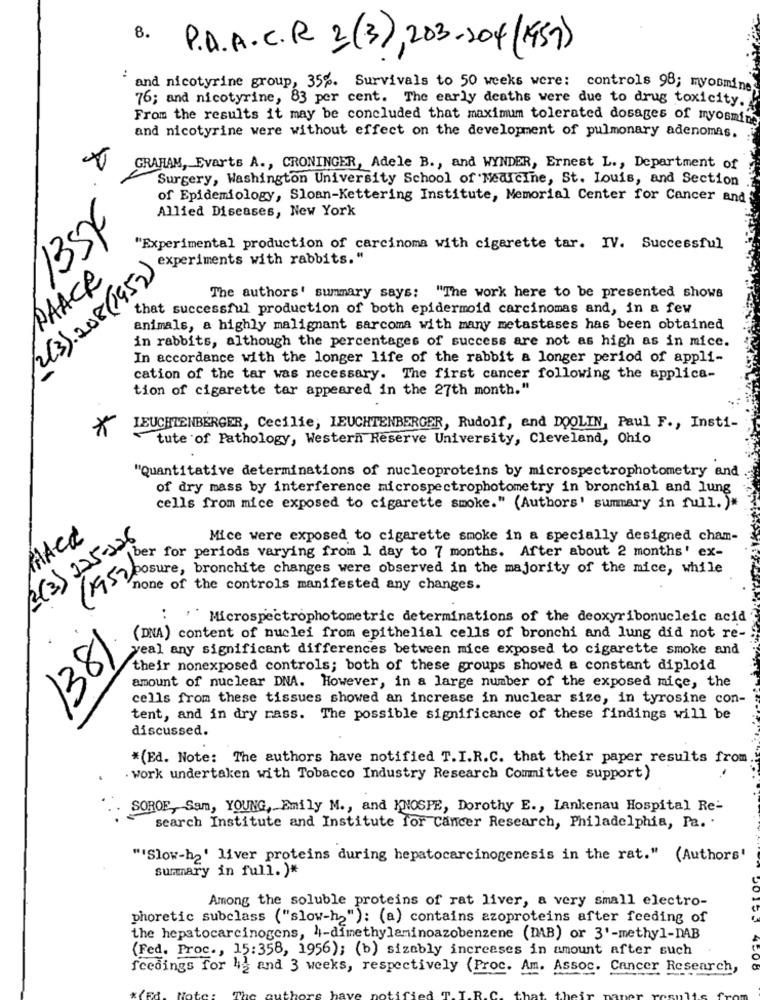
8 .
P.A.A.C.R 2(3), 203-204 (1957)
:
and nicotyrine group, 35%. Survivals to 50 weeks were: controls 98; myoomines
76; and nicotyrine, 83 per cent. The early deaths were due to drug toxicity.
From the results it may be concluded that maximum tolerated dosages of myosmin
and nicotyrine were without effect on the development of pulmonary adenomas.
GRAHAM, Evarts A ., CRONINGER, Adele B ., and WYNDER, Ernest L ., Department of
Surgery, Washington University School of Medicine, St. Louis, and Section
of Epidemiology, Sloan-Kettering Institute, Memorial Center for Cancer and
Allied Diseases, New York
135€
"Experimental production of carcinoma with cigarette tar. IV. Successful
experiments with rabbits."
2(3).208 (1953 )
PAACK
The authors' summary says: "The work here to be presented shows
that successful production of both epidermoid carcinomas and, in a few
animals, a highly malignant sarcoma with many metastases has been obtained
in rabbits, although the percentages of success are not as high as in mice.
In accordance with the longer life of the rabbit a longer period of appli-
cation of the tar was necessary. The first cancer following the applica-
tion of cigarette tar appeared in the 27th month."
*
LEUCHTENBERGER, Cecilie, LEUCHTENBERGER, Rudolf, and DOOLIN, Paul F ., Insti-
tute of Pathology, Western Reserve University, Cleveland, Ohio
"Quantitative determinations of nucleoproteins by microspectrophotometry and
of dry mass by interference microspectrophotometry in bronchial and lung
cells from mice exposed to cigarette smoke." (Authors' summary in full. )"
(3(3) 225-326
MACK
Mice were exposed to cigarette smoke in a specially designed cham-
ber for periods varying from 1 day to 7 months. After about 2 months' ex-
hyposure, bronchite changes were observed in the majority of the mice, while
none of the controls manifested any changes.
: " Microspectrophotometric determinations of the deoxyribonucleic acid
(DNA) content of nuclei from epithelial cells of bronchi and lung did not re-
1381
yeal any significant differences between mice exposed to cigarette smoke and
their nonexposed controls; both of these groups showed a constant diploid
amount of nuclear DNA. However, in a large number of the exposed mice, the
cells from these tissues showed an increase in nuclear size, in tyrosine con-
tent, and in dry rass. The possible significance of these findings will be
discussed.
*(Ed. Note: The authors have notified T.I.R.C. that their paper results from
. work undertaken with Tobacco Industry Research Committee support)
SOROE, Sam, YOUNG, Emily M ., and KNOSPE, Dorothy E ., Lankenau Hospital Re-
search Institute and Institute for Cancer Research, Philadelphia, Pa. .
"Slow-h2' liver proteins during hepatocarcinogenesis in the rat." (Authors'
summary in full. )*
Among the soluble proteins of rat liver, a very small electro-
phoretic subclass ("slow-h2"): (a) contains azoproteins after feeding of
the hepatocarcinogens, 4-dimethylaminoazobenzene (DAB) or 3'-methyl-DAB
(Fed. Proc ., 15:358, 1956); (b) sizably increases in amount after such
fcedings for 42 and 3 weeks, respectively (Proc. Am. Assoc. Cancer Research,